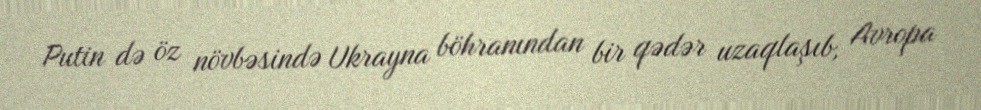
Putin də öz növbəsində Ukrayna böhranından bir qədər uzaqlaşıb, Avropa